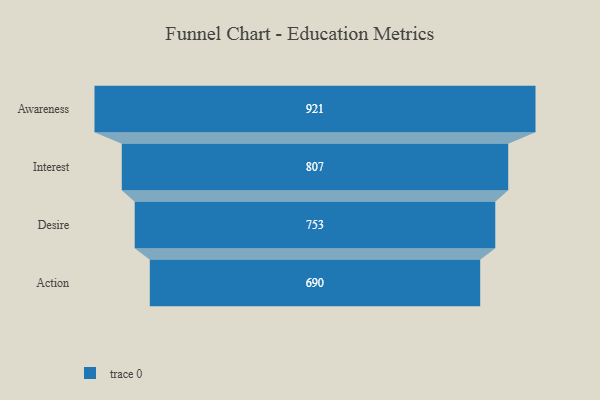
{"axis": {"x": "Stage", "y": "Value"}, "legend": [""], "data": [{"x": "Awareness", "y": 921.0, "type": ""}, {"x": "Interest", "y": 807.0, "type": ""}, {"x": "Desire", "y": 753.0, "type": ""}, {"x": "Action", "y": 690.0, "type": ""}]}